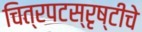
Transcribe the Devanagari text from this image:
चित्रपटस्रृष्टीचे